Punjab Mental Hospital Lahore 1932-46 - 1932-1946
Year: 1932
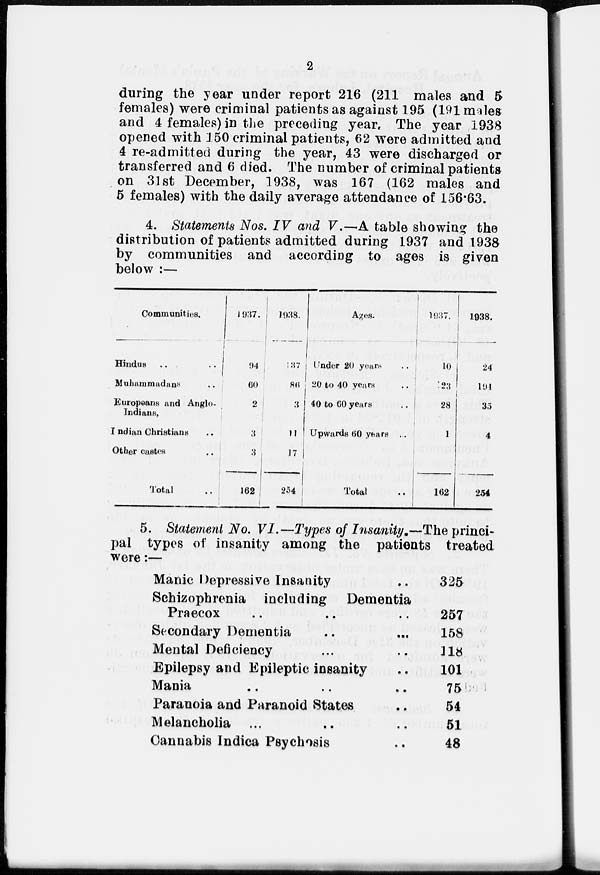
2
during the year under report 216 (211 males and 5
females) were criminal patients as against 195 (191 males
and 4 females) in the preceding year. The year 1938
opened with 150 criminal patients, 62 were admitted and
4 re-admitted during the year, 43 were discharged or
transferred and 6 died. The number of criminal patients
on 31st December, 1938, was 167 (162 males and
5 females) with the daily average attendance of 156.63.
4. Statements Nos. IV and V.—A table showing the
distribution of patients admitted during 1937 and 1938
by communities and according to ages is given
below :—
Communities.
Hindus
..
..
Muhammadans ..
Europeans and Anglo-
Indians,
Indian Christians ..
Other castes ..
Total ..
1937.
94
60
2
3
3
162
1938.
137
86
3
11
17
254
Ages.
Under 20 years ..
20 to 40 years ..
40 to 60 years ..
Upwards 60 years ...
Total
l937.
10
123
28
1
162
1938.
24
191
35
4
254
5. Statement No. VI.—Types of Insanity.—The princi-
pal types of insanity among the patients treated
were:—
Manic Depressive Insanity ..
Schizophrenia including Dementia
Praecox .. .. ..
Secondary Dementia .. ...
Mental Deficiency .. ..
Epilepsy and Epileptic insanity ..
Mania .. .. ..
Paranoia and Paranoid States ..
Melancholia ... .. ..
Cannabis Indica Psychosis ..
325
257
158
118
101
75
54
51
48